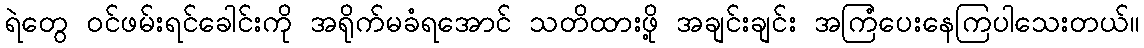
ရဲတွေ ဝင်ဖမ်းရင်ခေါင်းကို အရိုက်မခံရအောင် သတိထားဖို့ အချင်းချင်း အကြံပေးနေကြပါသေးတယ်။